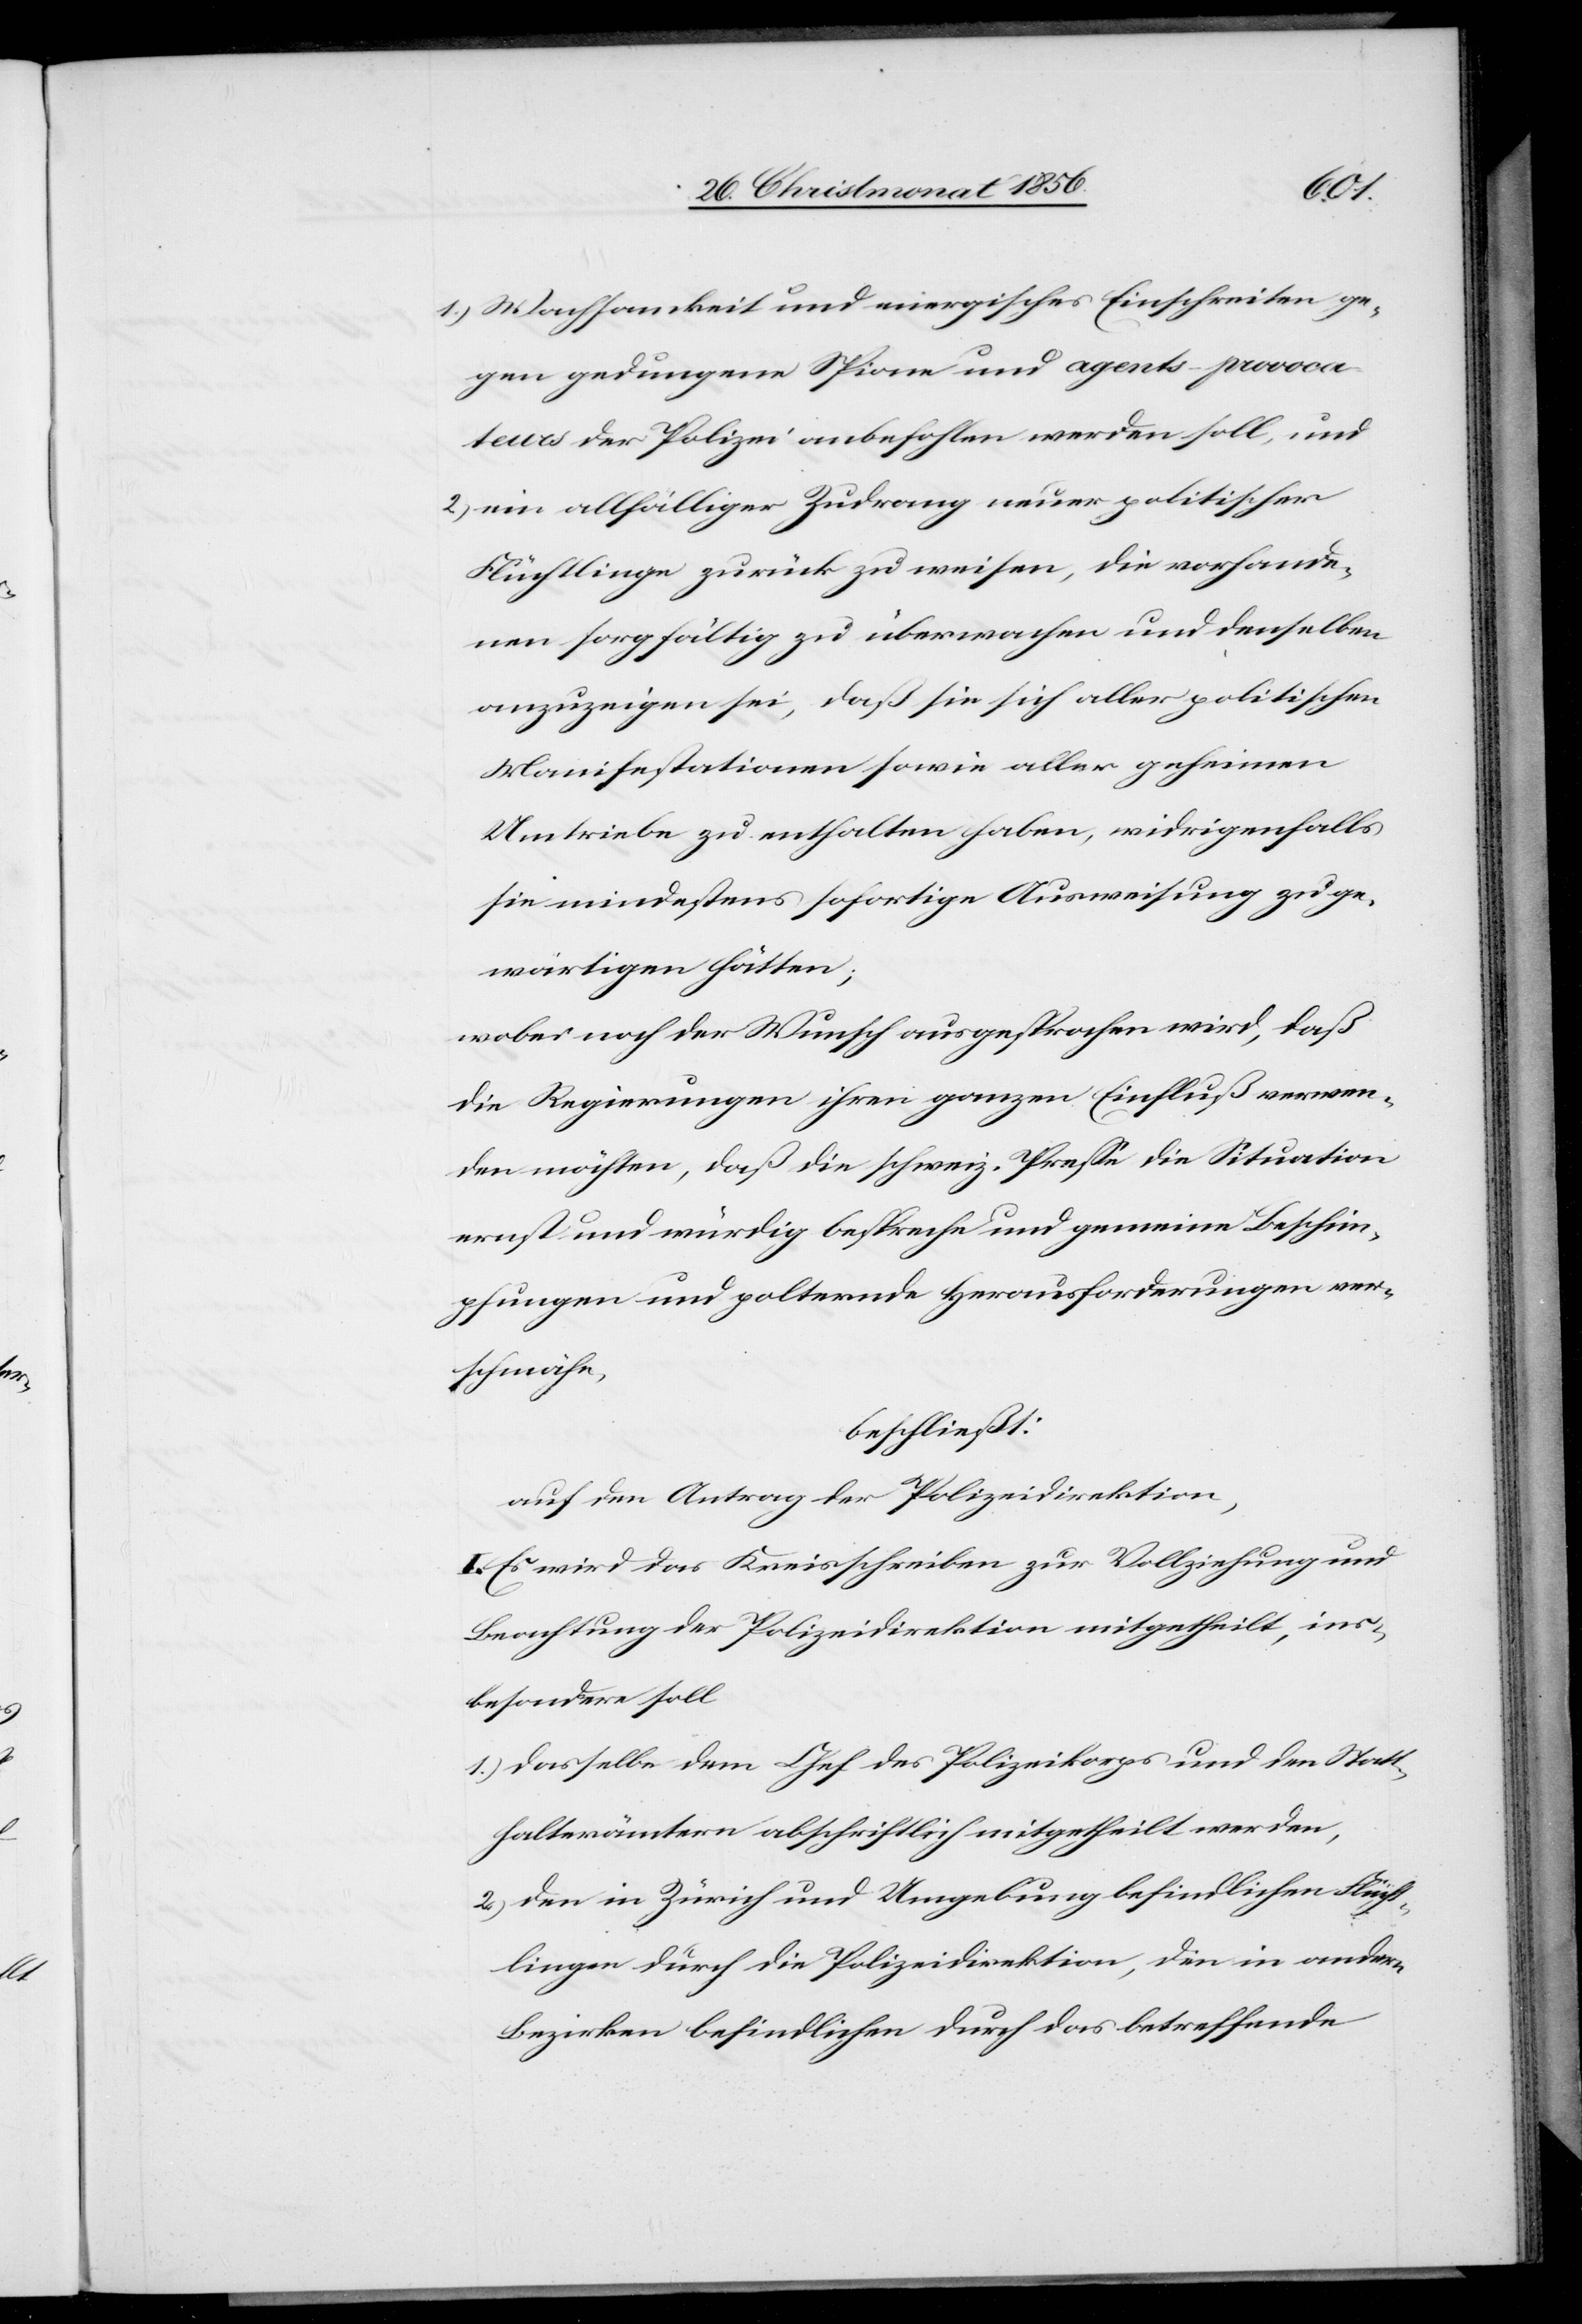
1.) Wachsamkeit und energisches Einschreiten ge¬
gen gedungene Spione und agents-provoca¬
teurs der Polizei anbefohlen werden soll, und
2.) ein allfälliger Zudrang neuer politischer
Flüchtlinge zurück zu weisen, die vorhande¬
nen sorgfältig zu überwachen und denselben
anzuzeigen sei, daß sie sich aller politischen
Manifestationen sowie aller geheimen
Umtriebe zu enthalten haben, widrigenfalls
sie mindestens sofortige Ausweisung zu ge¬
wärtigen hätten;
wobei noch der Wunsch ausgesprochen wird, daß
die Regierungen ihren ganzen Einfluß verwen¬
den möchten, daß die schweiz. Presse die Situation
ernst und würdig bespreche und gemeine Beschim¬
pfungen und polternde Herausforderungen ver¬
schmähe,
beschließt:
auf den Antrag der Polizeidirektion,
I. Es wird das Kreisschreiben zur Vollziehung und
Beachtung der Polizeidirektion mitgetheilt, ins¬
besondere soll
1.) dasselbe dem Chef des Polizeikorps und den Statt¬
halterämtern abschriftlich mitgetheilt werden,
2.) den in Zürich und Umgebung befindlichen Flücht¬
lingen durch die Polizeidirektion, den in andern
Bezirken befindlichen durch das betreffende